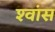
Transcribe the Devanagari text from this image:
श्‍वांस